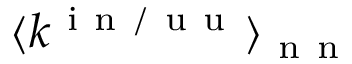
\langle k ^ { \mathrm { ~ i ~ n ~ / ~ u ~ u ~ } } \rangle _ { \mathrm { ~ n ~ n ~ } }